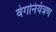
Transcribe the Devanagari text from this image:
वेगनियंत्रण